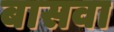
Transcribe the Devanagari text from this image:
बासवा